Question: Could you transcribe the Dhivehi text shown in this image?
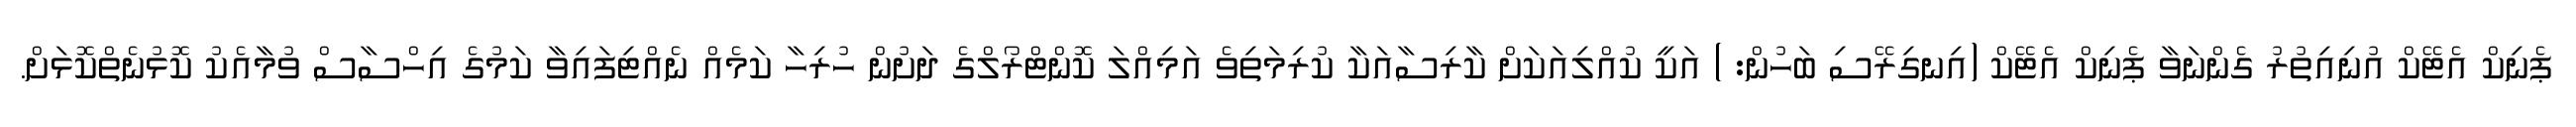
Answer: ޕެނިކް އެޓޭކް އުނިއިތުރު ގެންނަވާ ޕެނިކް އެޓޭކް (އިނގިރޭސި ބަހުން: ) އަކީ ކުއްލިއަކަށް ކާރިސާއަކާ ކުރިމަތިވެ އަމިއްލަ ކޮންޓްރޯލްގެ ދަށުން ހުރިހާ ކަމެއް ނެއްޓިފައިވާ ކަމުގެ އިހްސާސް ވުމާއެކު ކޮޅުނެތްކޮޅަށް.